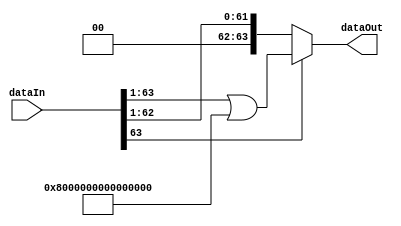
module shiftResultRight1Bit(
    input [63:0] dataIn,
    output [63:0] dataOut
    );

	always @ (*) begin
	
		if(dataIn[63]) begin
		
			dataOut = (dataIn >> 1) | 'h8000000000000000;
		
		end
		else begin
		
			dataOut = dataIn >> 1;
		
		end
	
	end

endmodule